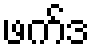
ဖက်ဒ